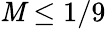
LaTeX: \mathit{M}\leq1/9